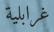
غرابلية